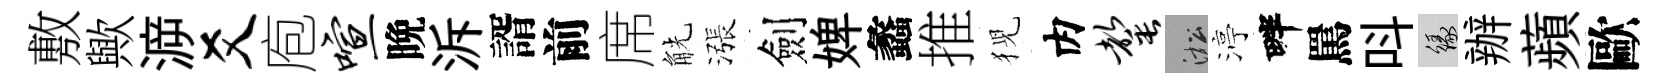
敷歟㴑爻庖喧晩泝諝前席觥漲劍婢蠡推猊内罄淞渟畔罵呌緣辦蘋歐